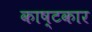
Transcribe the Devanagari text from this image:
काष्टकार